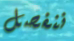
ننفصل